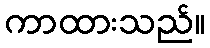
ကာထားသည်။